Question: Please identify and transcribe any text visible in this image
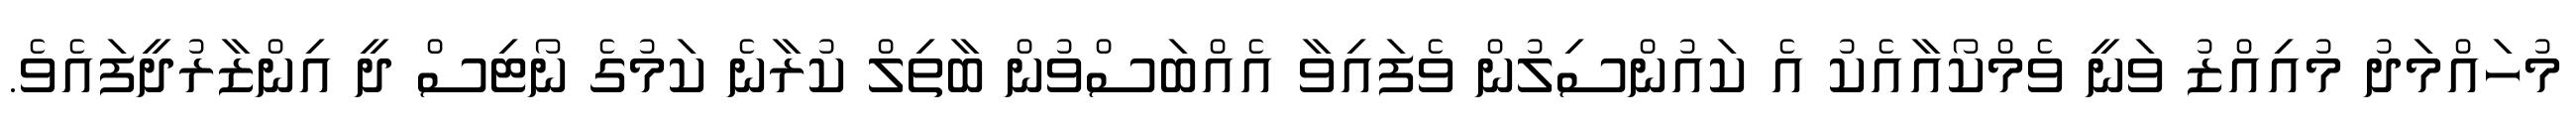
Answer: މުހައްމަދު މުއިއްޒު ވަނީ ވެމްކޯއާއެކު އެ ކައުންސިލުން ވެފައިވާ އެއްބަސްވުން ބާތިލް ކުރާނެ ކަމުގެ ނޯޓިސް ދީ އިންޒާރުދީފައެވެ.